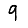
Digit: 9